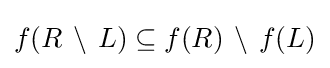
f(R\,\setminus \,L)\subseteq f(R)\,\setminus \,f(L)